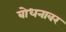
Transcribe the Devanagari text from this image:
बोधनावर